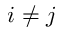
i \ne j